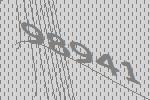
98941